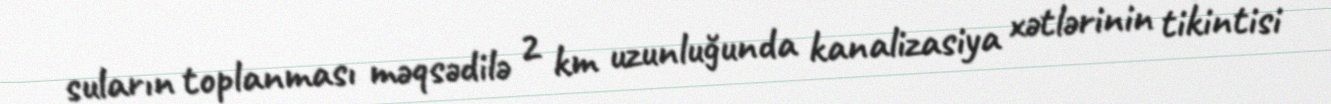
suların toplanması məqsədilə 2 km uzunluğunda kanalizasiya xətlərinin tikintisi